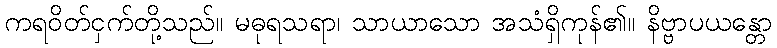
ကရဝိတ်ငှက်တို့သည်။ မဓုရသရာ၊ သာယာသော အသံရှိကုန်၏။ နိဗ္ဗာပယန္တော